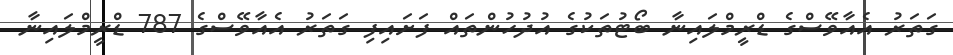
ގަތަރު އެއާވޭސްގެ ޑްރީމްލައިނާ ބޯޓުތަކުގެ އުދުހުންތައް ފަށައިފި ގަތަރު އެއާވޭސްގެ 787 ޑްރީމްލައިނާ